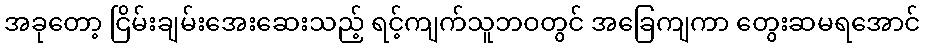
အခုတော့ ငြိမ်းချမ်းအေးဆေးသည့် ရင့်ကျက်သူဘဝတွင် အခြေကျကာ တွေးဆမရအောင်